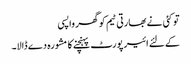
تو کئی نے بھارتی ٹیم کو گھر واپسی
کےلئے ائیر پورٹ پہنچنے کا مشورہ دے ڈالا۔